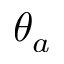
\theta _ { a }